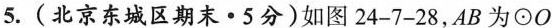
5.(北京东城区期末·5分)如图24-7-28，AB为\odot O